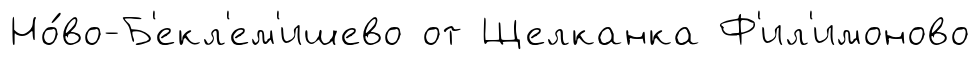
Но́во-Б'екл'ем'ишево от Щелканка Ф'ил'имоново